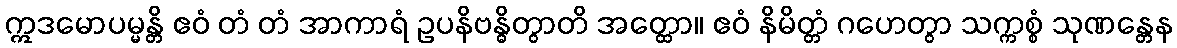
ဣဒမောပမ္မန္တိ ဧဝံ တံ တံ အာကာရံ ဥပနိဗန္ဓိတွာတိ အတ္ထော။ ဧဝံ နိမိတ္တံ ဂဟေတွာ သက္ကစ္စံ သုဏန္တေန